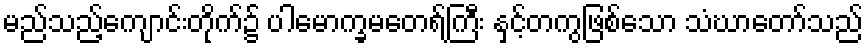
မည်သည့်ကျောင်းတိုက်၌ ပါမောက္ခမတေရ်ကြီး နှင့်တကွဖြစ်သော သံဃာတော်သည်